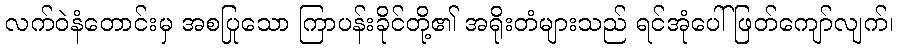
လက်ဝဲနံတောင်းမှ အစပြုသော ကြာပန်းခိုင်တို့၏ အရိုးတံများသည် ရင်အုံပေါ် ဖြတ်ကျော်လျက်၊